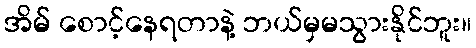
အိမ် စောင့်နေရတာနဲ့ ဘယ်မှမသွားနိုင်ဘူး။